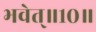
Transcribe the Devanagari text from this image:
भवेत्‌॥१०॥